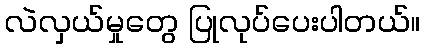
လဲလှယ်မှုတွေ ပြုလုပ်ပေးပါတယ်။